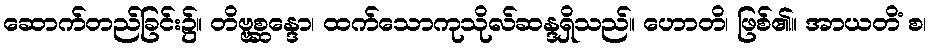
ဆောက်တည်ခြင်း၌။ တိဗ္ဗစ္ဆန္ဒော၊ ထက်သောကုသိုလ်ဆန္ဒရှိသည်။ ဟောတိ၊ ဖြစ်၏။ အာယတိံ စ၊